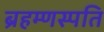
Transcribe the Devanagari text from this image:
ब्रहम्णस्पति